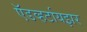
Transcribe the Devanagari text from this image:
ऍडव्हर्टायझर